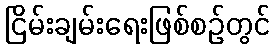
ငြိမ်းချမ်းရေးဖြစ်စဉ်တွင်